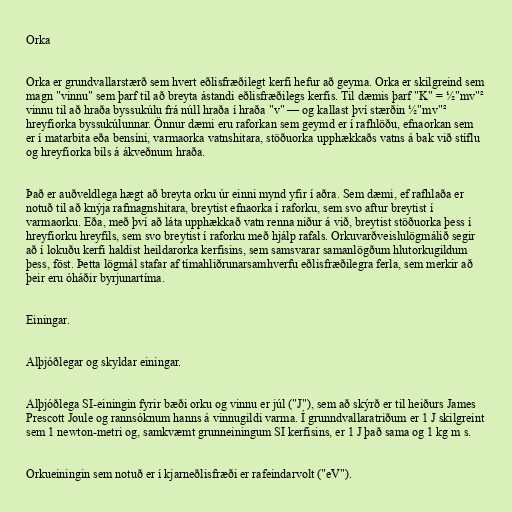
Orka

Orka er grundvallarstærð sem hvert eðlisfræðilegt kerfi hefur að geyma. Orka er skilgreind sem
magn "vinnu" sem þarf til að breyta ástandi eðlisfræðilegs kerfis. Til dæmis þarf "K" = ½"mv"²
vinnu til að hraða byssukúlu frá núll hraða í hraða "v" — og kallast því stærðin ½"mv"²
hreyfiorka byssukúlunnar. Önnur dæmi eru raforkan sem geymd er í rafhlöðu, efnaorkan sem
er í matarbita eða bensíni, varmaorka vatnshitara, stöðuorka upphækkaðs vatns á bak við stíflu
og hreyfiorka bíls á ákveðnum hraða.

Það er auðveldlega hægt að breyta orku úr einni mynd yfir í aðra. Sem dæmi, ef rafhlaða er
notuð til að knýja rafmagnshitara, breytist efnaorka í raforku, sem svo aftur breytist í
varmaorku. Eða, með því að láta upphækkað vatn renna niður á við, breytist stöðuorka þess í
hreyfiorku hreyfils, sem svo breytist í raforku með hjálp rafals. Orkuvarðveislulögmálið segir
að í lokuðu kerfi haldist heildarorka kerfisins, sem samsvarar samanlögðum hlutorkugildum
þess, föst. Þetta lögmál stafar af tímahliðrunarsamhverfu eðlisfræðilegra ferla, sem merkir að
þeir eru óháðir byrjunartíma.

Einingar.

Alþjóðlegar og skyldar einingar.

Alþjóðlega SI-einingin fyrir bæði orku og vinnu er júl ("J"), sem að skýrð er til heiðurs James
Prescott Joule og rannsóknum hanns á vinnugildi varma. Í grunndvallaratriðum er 1 J skilgreint
sem 1 newton-metri og, samkvæmt grunneiningum SI kerfisins, er 1 J það sama og 1 kg m s.

Orkueiningin sem notuð er í kjarneðlisfræði er rafeindarvolt ("eV").